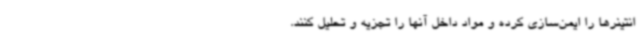
انتینرها را ایمن‌سازی کرده و مواد داخل آنها را تجزیه و تحلیل کنند.